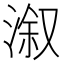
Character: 溆